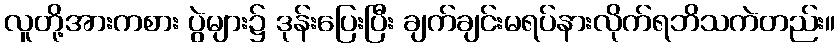
လူတို့အားကစား ပွဲများ၌ ဒုန်းပြေးပြီး ချက်ချင်းမရပ်နားလိုက်ရဘိသကဲတည်း။